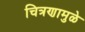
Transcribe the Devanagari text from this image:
चित्रणामुळे